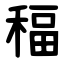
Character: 稫